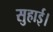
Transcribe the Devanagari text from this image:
सुहाई।